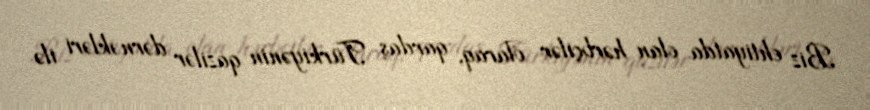
Biz ehtiyatda olan hərbçilər olaraq, qardaş Türkiyənin qazilər dərnəkləri ilə